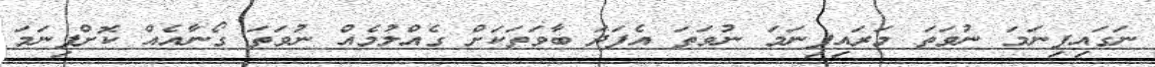
ނަގައިފިނަމަ ނުވަތަ މަރައިފިނަމަ ނުވަތަ އެފަދަ ބާވަތަކަށް ގެއްލުމެއް ނުވަތަ ގޯނާއެއް ކޮށްފިނަމަ